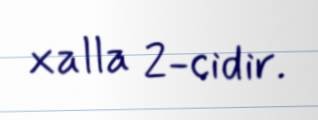
xalla 2-cidir.